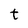
Character: t